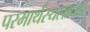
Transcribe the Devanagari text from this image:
परमार्थस्थलाच्या